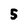
Character: 5